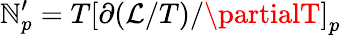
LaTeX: \mathbb{N}_{p}^{\prime}=T\left[\partial(\mathcal{{L}}/T)/\partialT\right]_{p}